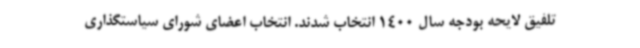
تلفیق لایحه بودجه سال 1400 انتخاب شدند. انتخاب اعضای شورای سیاستگذاری